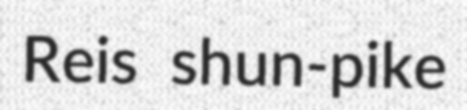
Reis shun-pike